Scottish Leaving Certificate Examination, 1958
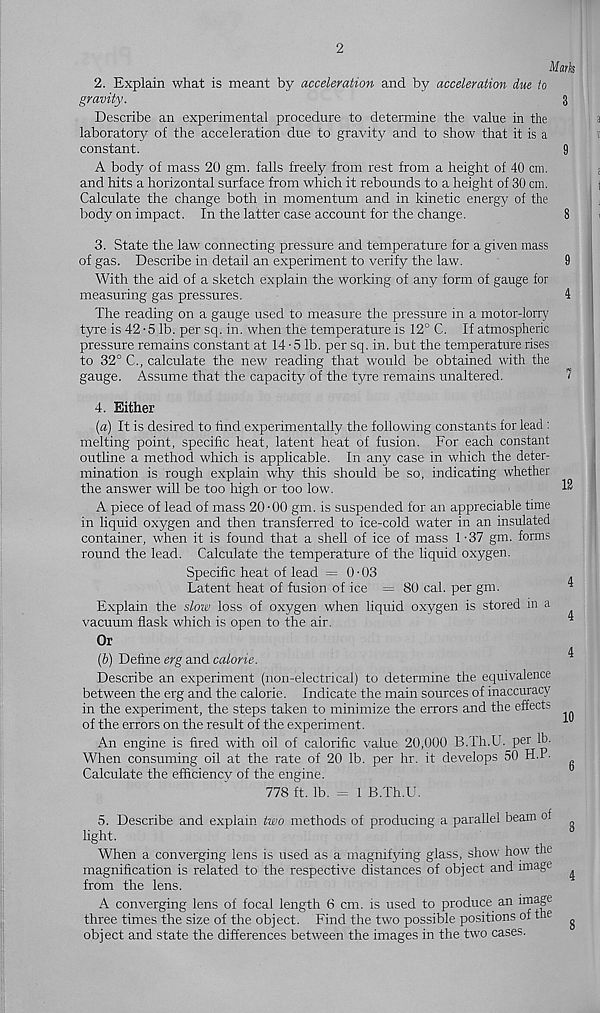
2
2. Explain what is meant by acceleration and by acceleration due to
gravity.
Describe an experimental procedure to determine the value in the
laboratory of the acceleration due to gravity and to show that it is a
constant.
A body of mass 20 gm. falls freely from rest from a height of 40 cm.
and hits a horizontal surface from which it rebounds to a height of 30 cm.
Calculate the change both in momentum and in kinetic energy of the
body on impact. In the latter case account for the change.
3. State the law connecting pressure and temperature for a given mass
of gas. Describe in detail an experiment to verify the law.
With the aid of a sketch explain the working of any form of gauge for
measuring gas pressures.
The reading on a gauge used to measure the pressure in a motor-lorry
tyre is 42 • 5 lb. per sq. in. when the temperature is 12° C. If atmospheric
pressure remains constant at 14-5 lb. per sq. in. but the temperature rises
to 32° C., calculate the new reading that would be obtained with the
gauge. Assume that the capacity of the tyre remains unaltered.
4. Either
(a) It is desired to find experimentally the following constants for lead :
melting point, specific heat, latent heat of fusion. For each constant
outline a method which is applicable. In any case in which the deter-
mination is rough explain why this should be so, indicating whether
the answer will be too high or too low.
A piece of lead of mass 20-00 gm. is suspended for an appreciable time
in liquid oxygen and then transferred to ice-cold water in an insulated
container, when it is found that a shell of ice of mass 1-37 gm. forms
round the lead. Calculate the temperature of the liquid oxygen.
Specific heat of lead = 0-03
Latent heat of fusion of ice = 80 cal. per gm.
Explain the slow loss of oxygen when liquid oxygen is stored m a
vacuum flask which is open to the air.
Or
{V) Define erg and calorie.
Describe an experiment (non-electrical) to determine the equivalence
between the erg and the calorie. Indicate the main sources of inaccuracy
in the experiment, the steps taken to minimize the errors and the effects
of the errors on the result of the experiment.
An engine is fired with oil of calorific value 20,000 B.Th.U. per lb-
When consuming oil at the rate of 20 lb. per hr. it develops 50 H.r.
Calculate the efficiency of the engine.
778 ft. lb. = 1 B.Th.U.
5. Describe and explain two methods of producing a parallel beam of
light.
When a converging lens is used as a magnifying glass, show' how tne
magnification is related to the respective distances of object and image
from the lens.
A converging lens of focal length 6 cm. is used to produce an 1I ? a § e
three times the size of the object. Find the two possible positions of the
object and state the differences between the images in the two cases.
Mark
12
4
4
4
10